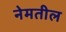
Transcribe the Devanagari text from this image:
नेमतील